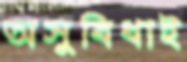
অসুবিধাই